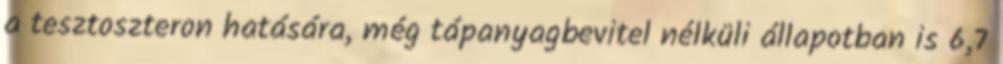
a tesztoszteron hatására, még tápanyagbevitel nélküli állapotban is 6,7